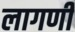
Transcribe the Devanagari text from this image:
लागणी